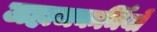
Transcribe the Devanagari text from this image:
जहाजकर्मियों